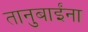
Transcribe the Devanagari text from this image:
तानुबाईंना